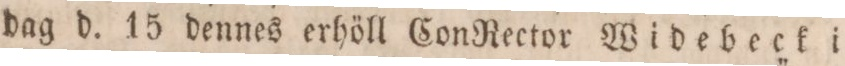
dag d. 15 dennes erhöll ConRector Widebeck i